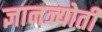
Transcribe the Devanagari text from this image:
ज्ञानज्योती